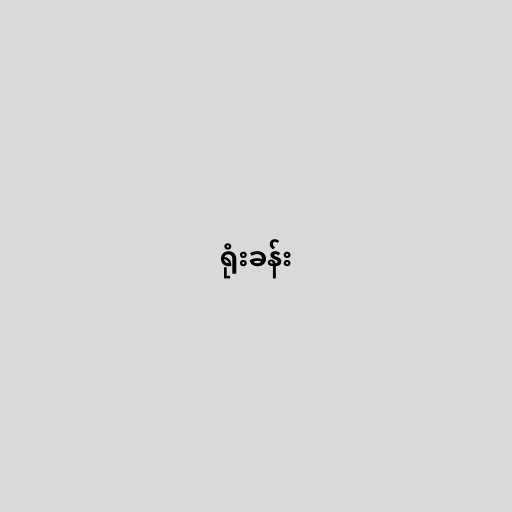
ရုံးခန်း